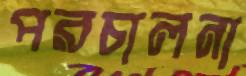
পরচালনা